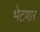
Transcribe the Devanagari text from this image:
भेटणार